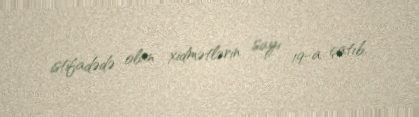
istifadədə olan xidmətlərin sayı 19-a çatıb.